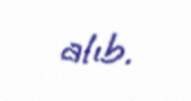
alıb.